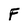
Character: F